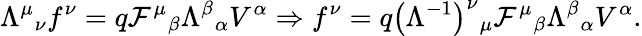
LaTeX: \Lambda^{\mu}{}_{\nu}f^{\nu}=q\mathcal{F}^{\mu}{}_{\beta}\Lambda^{\beta}{}_{\alpha}V^{\alpha}\Rightarrow f^{\nu}=q\left(\Lambda^{-1}\right)^{\nu}{}_{\mu}\mathcal{F}^{\mu}{}_{\beta}\Lambda^{\beta}{}_{\alpha}V^{\alpha}.